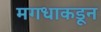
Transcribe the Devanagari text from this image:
मगधाकडून